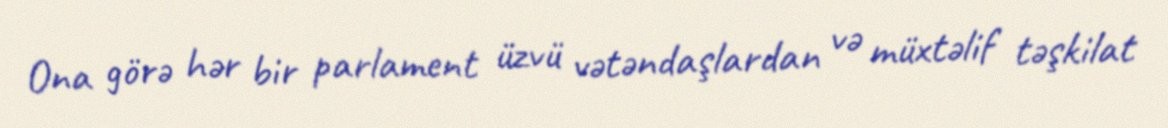
Ona görə hər bir parlament üzvü vətəndaşlardan və müxtəlif təşkilat